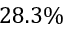
2 8 . 3 \%